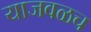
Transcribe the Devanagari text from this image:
याजवळच